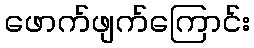
ဖောက်ဖျက်ကြောင်း